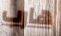
هارب